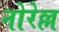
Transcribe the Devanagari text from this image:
नोरेल्ल